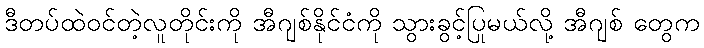
ဒီတပ်ထဲဝင်တဲ့လူတိုင်းကို အီဂျစ်နိုင်ငံကို သွားခွင့်ပြုမယ်လို့ အီဂျစ် တွေက